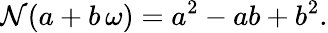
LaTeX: \mathcal{N}(a+b\, \omega)=a^{2}-ab+b^{2}.